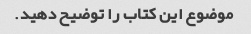
موضوع این کتاب را توضیح دهید.